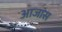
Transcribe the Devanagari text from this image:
आजांस